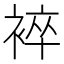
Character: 䘹